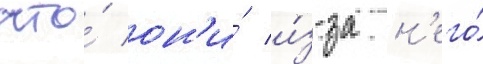
что́ он'и́ и́з-за н'его́